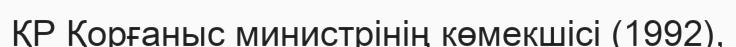
ҚР Қорғаныс министрінің көмекшісі (1992),